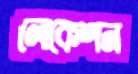
লোকেশন